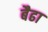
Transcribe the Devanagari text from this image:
बैढा